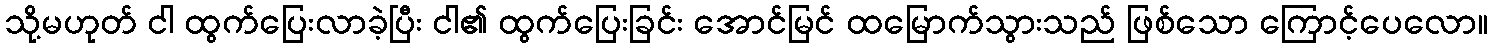
သို့မဟုတ် ငါ ထွက်ပြေးလာခဲ့ပြီး ငါ၏ ထွက်ပြေးခြင်း အောင်မြင် ထမြောက်သွားသည် ဖြစ်သော ကြောင့်ပေလော။